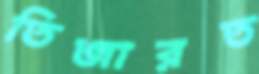
তিজারত